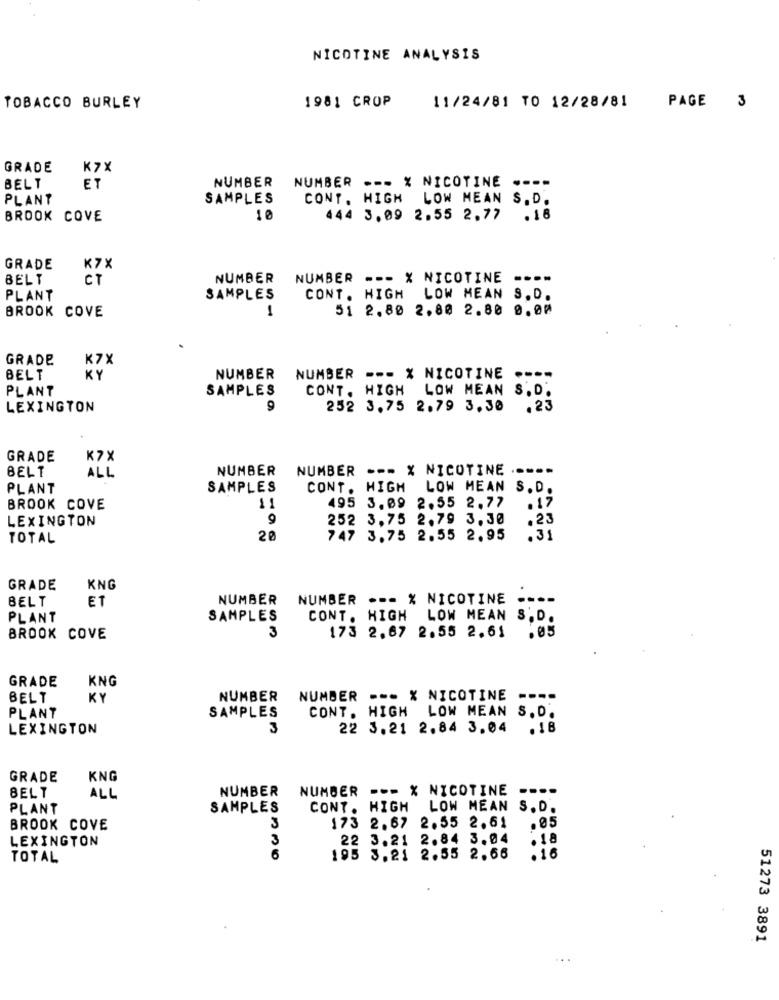
NICOTINE ANALYSIS
1981 CROP
TOBACCO BURLEY
11/24/81 TO 12/28/81
PAGE 3
GRADE
K7X
NUMBER NUMBER --- % NICOTINE
BELT
ET
PLANT
SAMPLES
CONT. HIGH LOW MEAN S.D.
BROOK COVE
10
444 3.09 2.55 2.77
.18
GRADE
K7X
BELT
CT
NUMBER
NUMBER --- X NICOTINE
----
PLANT
SAMPLES
CONT. HIGH LOW MEAN S.D.
BROOK COVE
1
51 2.80 2,80 2.80 0.00
GRADE
K7X
BELT
KY
NUMBER
NUMBER --- X NICOTINE
SAMPLES
CONT. HIGH
LOW MEAN S. D.
PLANT
LEXINGTON
9
252 3.75 2.79 3.30
.23
GRADE
K7X
BELT
NUMBER
NUMBER --- X NICOTINE ...
ALL
PLANT
SAMPLES
CONT. HIGH
LOW MEAN S. D.
495 3.09 2.55 2.77
.17
BROOK COVE
11
LEXINGTON
9
252 3.75 2.79 3.30
.23
.31
TOTAL
20
747 3.75 2.55 2.95
GRADE
KNG
BELT
ET
NUMBER
NUMBER .-- % NICOTINE
PLANT
SAMPLES
CONT. HIGH LOW MEAN S. D.
3
173 2.67 2.55 2.61
.05
BROOK COVE
GRADE
KNG
BELT
KY
NUMBER
NUMBER --- % NICOTINE ----
PLANT
CONT. HIGH LOW MEAN S. D.
SAMPLES
LEXINGTON
3
22 3.21 2.84 3.04 .18
GRADE
KNG
NUMBER
NUMBER --- X NICOTINE ----
BELT
ALL
PLANT
SAMPLES
CONT. HIGH LOW MEAN S.D.
3
BROOK COVE
173 2.67 2.55 2.61
.05
LEXINGTON
3
22 3.21 2.84 3.04
.18
TOTAL
6
195 3.21 2.55 2.66
.16
51273 3891